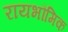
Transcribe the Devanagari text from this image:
रायभौमिक